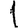
Digit: 1